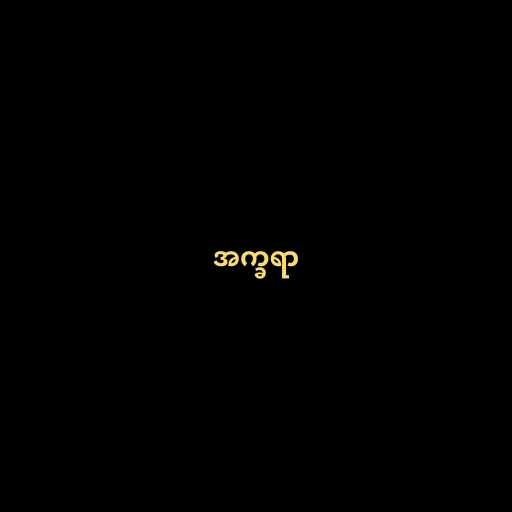
အက္ခရာ